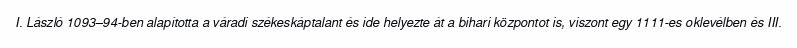
I. László 1093–94-ben alapította a váradi székeskáptalant és ide helyezte át a bihari központot is, viszont egy 1111-es oklevélben és III.